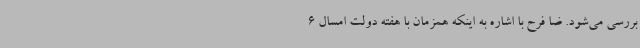
بررسی می‌شود. ضا فرح با اشاره به اینکه همزمان با هفته دولت امسال 6